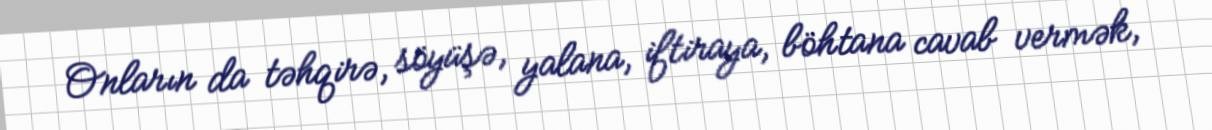
Onların da təhqirə, söyüşə, yalana, iftiraya, böhtana cavab vermək,